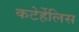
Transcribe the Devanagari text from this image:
कटेर्हेलिस